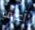
أعرف